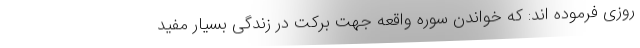
روزی فرموده اند: که خواندن سوره واقعه جهت برکت در زندگی بسیار مفید